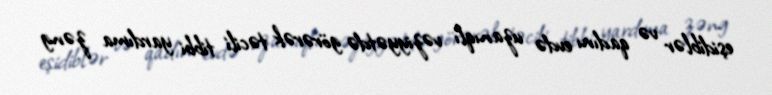
eşidiblər və qadını evdə uzanıqlı vəziyyətdə görərək təcili tibbi yardıma zəng